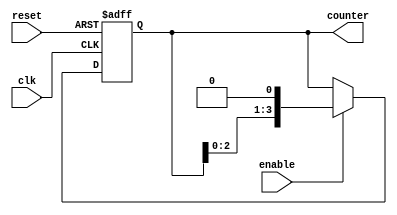
module RingCounter_Enable (
    input clk,
    input reset,
    input enable,
    output reg [3:0] counter
);

always @ (posedge clk or posedge reset) begin
    if (reset) begin
        counter <= 4'b0001;
    end else if (enable) begin
        counter <= counter << 1;
    end
end

endmodule